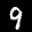
Label: 9